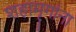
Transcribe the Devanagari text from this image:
शहामृगांना